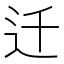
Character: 迁